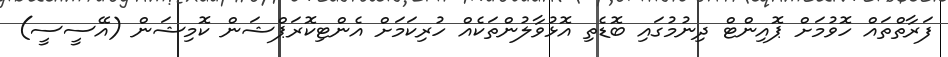
ފަރާތްތައް ހޮވުމަށް ޕޮއިންޓް ދިނުމުގައި ބޮޑެތި އޮޅުވާލުންތަކެއް ހުރިކަމަށް އެންޓިކޮރަޕްޝަން ކޮމިޝަން (އޭސީސީ)